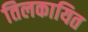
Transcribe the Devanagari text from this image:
तिलकायित